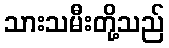
သားသမီးတို့သည်